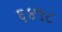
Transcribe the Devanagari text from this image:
६४९८